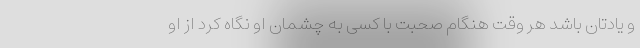
و یادتان باشد هر وقت هنگام صحبت با کسی به چشمان او نگاه کرد از او